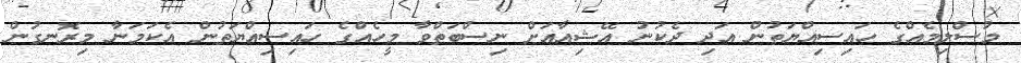
މުސްލިމެއްގެ ހައިސިއްޔަތުން އަދި ދެކުނު އޭޝިއާއަށް ނިސްބަތްވާ މީހެއްގެ ހައިސިއްޔަތުން އެކަމަނާ މިރޮނގުން